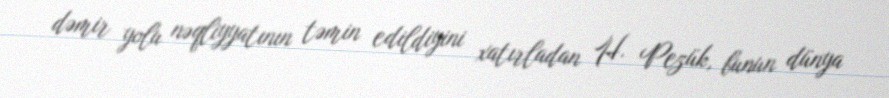
dəmir yolu nəqliyyatının təmin edildiyini xatırladan H. Pezük, bunun dünya